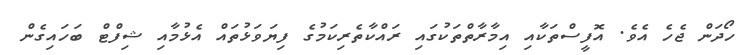
ހޯދަން ޖެހެ އެވެ. އޮފީސްތަކާއި އިމާރާތްތަކުގައި ރައްކާތެރިކަމުގެ ފިޔަވަޅުތައް އެޅުމާއި ޝިފްޓް ބަހައިގެން